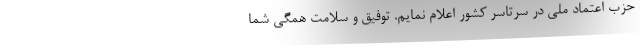
حزب اعتماد ملی در سرتاسر کشور اعلام نمایم. توفیق و سلامت همگی شما